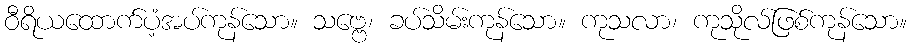
ဝီရိယထောက်ပံ့အပ်ကုန်သော။ သဗ္ဗေ၊ ခပ်သိမ်းကုန်သော။ ကုသလာ၊ ကုသိုလ်ဖြစ်ကုန်သော။